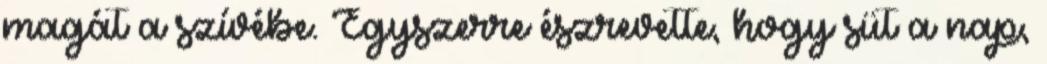
magát a szívébe. Egyszerre észrevette, hogy süt a nap,